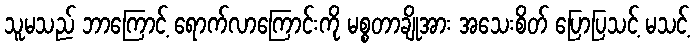
သူမသည် ဘာကြောင့် ရောက်လာကြောင်းကို မစ္စတာချိုအား အသေးစိတ် ပြောပြသင့် မသင့်